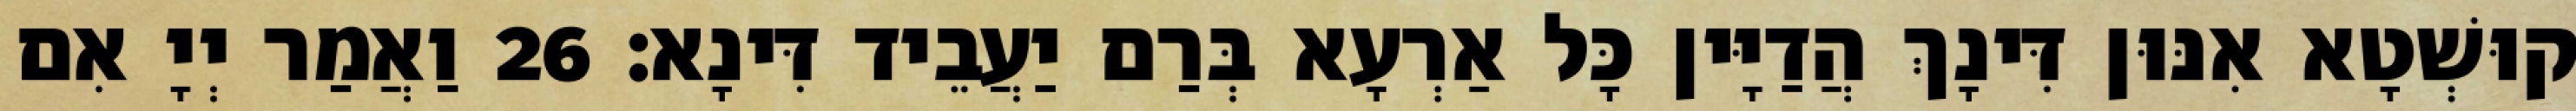
קוּשְׁטָא אִנּוּן דִּינָךְ הֲדַיָּין כָּל אַרְעָא בְּרַם יַעֲבֵיד דִּינָא׃ 26 וַאֲמַר יְיָ אִם